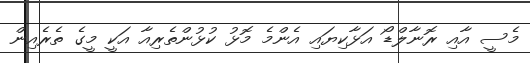
މެސީ އާއި ރޮނާލްޑޯ އަޅާކިޔައި އެންމެ މޮޅު ކުޅުންތެރިއާ އަކީ މީގެ ތެރެެއިން